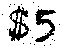
$5